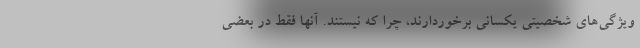
ویژگی‌های شخصیتی یکسانی برخوردارند، چرا که نیستند. آنها فقط در بعضی